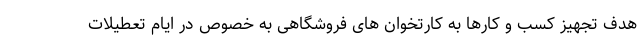
هدف تجهیز کسب و کارها به کارتخوان های فروشگاهی به خصوص در ایام تعطیلات